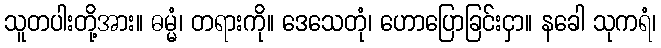
သူတပါးတို့အား။ ဓမ္မံ၊ တရားကို။ ဒေသေတုံ၊ ဟောပြောခြင်းငှာ။ နခေါ သုကရံ၊